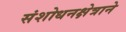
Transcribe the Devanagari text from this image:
संशोधनक्षेत्राने